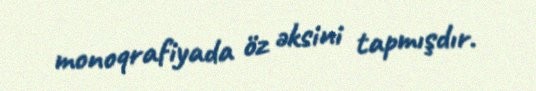
monoqrafiyada öz əksini tapmışdır.